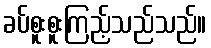
ခပ်စူးစူးကြည့်သည်သည်။